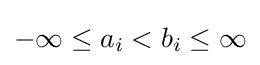
-\infty \leq a_{i}<b_{i}\leq \infty